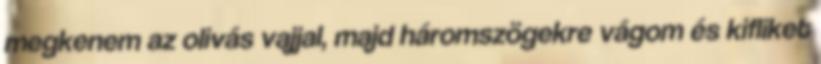
megkenem az olivás vajjal, majd háromszögekre vágom és kifliket